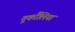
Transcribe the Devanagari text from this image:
तुर्कौलिया